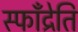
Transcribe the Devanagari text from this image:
स्फॉँद्रेति